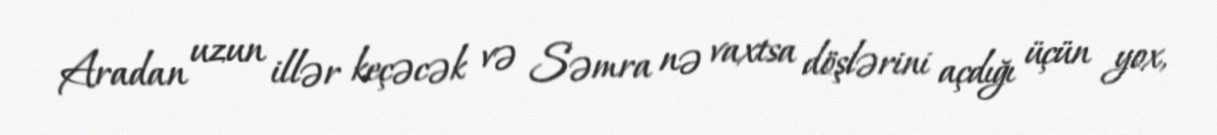
Aradan uzun illər keçəcək və Səmra nə vaxtsa döşlərini açdığı üçün yox,